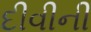
દીવીની